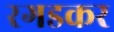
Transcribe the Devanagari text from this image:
रगडकर